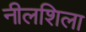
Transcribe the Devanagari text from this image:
नीलशिला